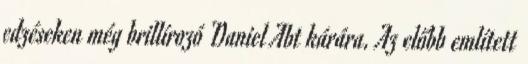
edzéseken még brillírozó Daniel Abt kárára. Az előbb említett